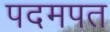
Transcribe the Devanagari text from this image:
पदमपत